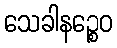
သေခါနဉ္စေဝ